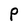
Character: P